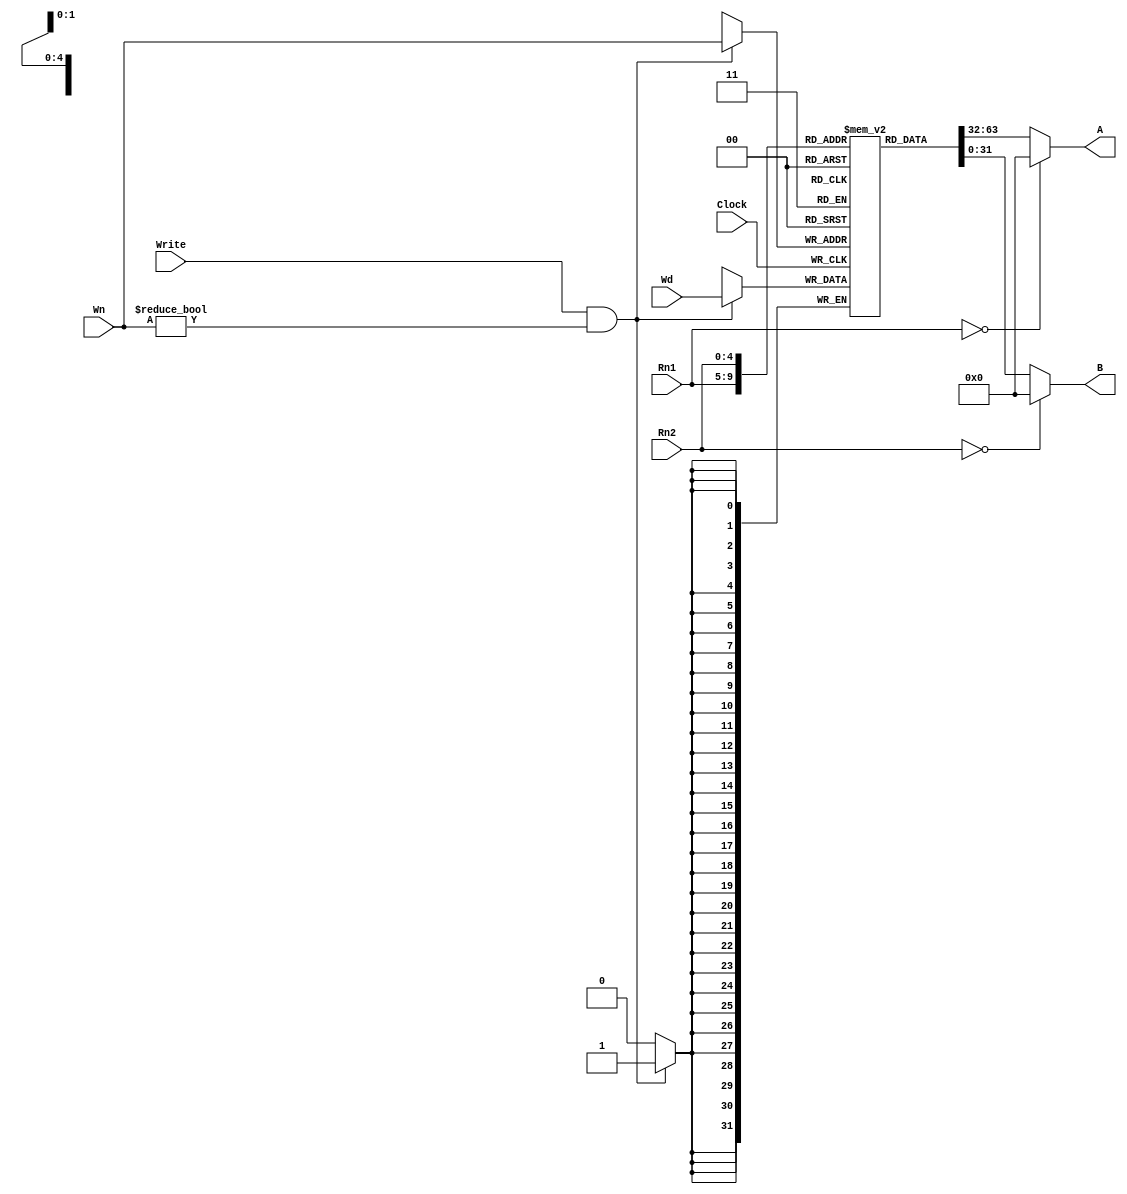
`timescale 1ns / 1ps
//////////////////////////////////////////////////////////////////////////////////
// Company: 
// Engineer: 
// 
// Design Name: 
// Module Name:    RegFile 
// Project Name: 
// Target Devices: 
// Tool versions: 
// Description: 
//
// Dependencies: 
//
// Revision: 
// Revision 0.01 - File Created
// Additional Comments: 
//
//////////////////////////////////////////////////////////////////////////////////
module RegFile(
			 input [4:0]  Rn1,Rn2,Wn,
			 input        Write,
			 input [31:0]  Wd,
			 output [31:0] A,B,
			 input Clock
    );
	 
    reg [31:0] Register[31:0]; 
	 
	 //Read data
	 assign A = (Rn1 == 0)? 0 : Register[Rn1];
	 assign B = (Rn2 == 0)? 0 : Register[Rn2];
	 
	 //Write data
	
	 always @ ( posedge Clock) begin
		  if (( Write ) && ( Wn != 0)) Register[Wn] <= Wd;
	 end 


    integer i;
	
	 initial begin
			for ( i = 0 ; i <= 31 ; i = i + 1) Register [i] = 0 ;
	 end		


endmodule